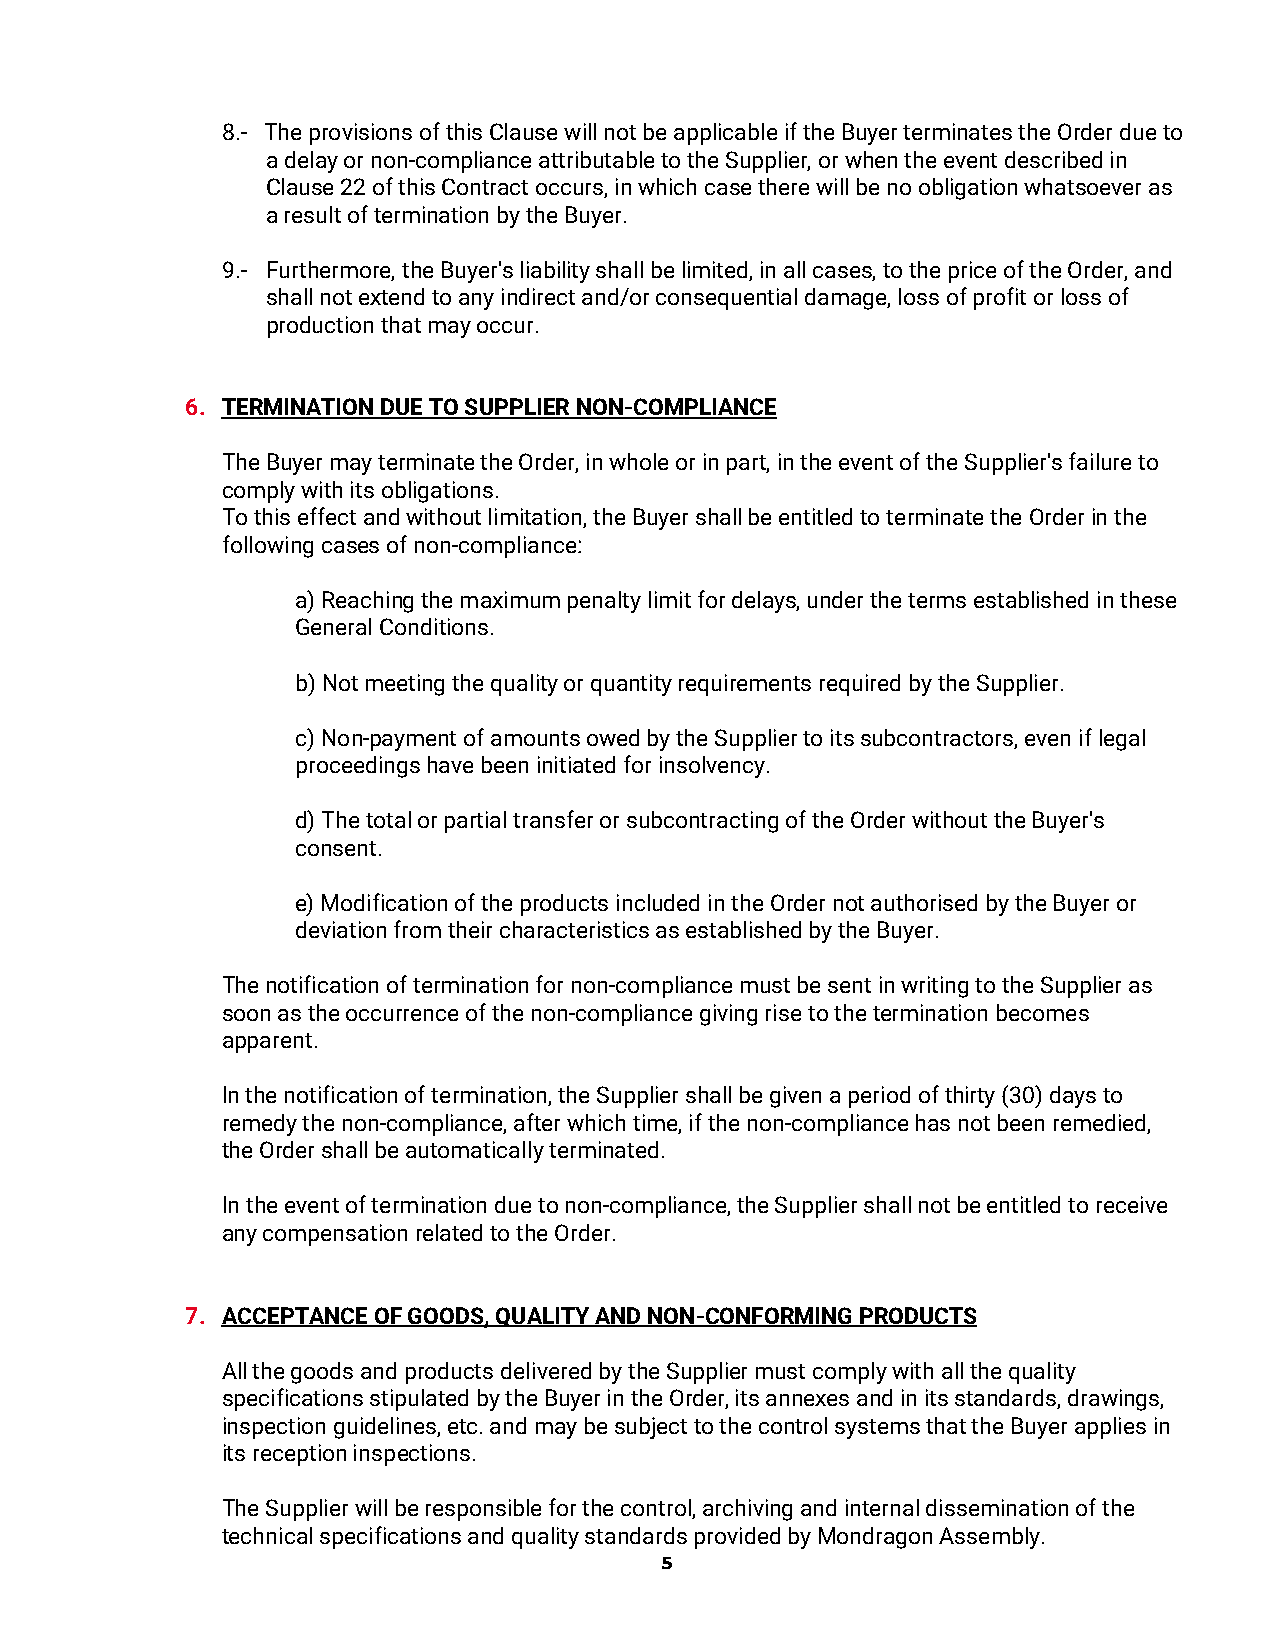
8.- The provisions of this Clause will not be applicable if the Buyer terminates the Order due to
 a delay or non-compliance attributable to the Supplier, or when the event described in
 Clause 22 of this Contract occurs, in which case there will be no obligation whatsoever as
 a result of termination by the Buyer.
 9.- Furthermore, the Buyer's liability shall be limited, in all cases, to the price of the Order, and
 shall not extend to any indirect and/or consequential damage, loss of profit or loss of
 production that may occur.
 6. TERMINATION DUE TO SUPPLIER NON-COMPLIANCE
 The Buyer may terminate the Order, in whole or in part, in the event of the Supplier's failure to
 comply with its obligations.
 To this effect and without limitation, the Buyer shall be entitled to terminate the Order in the
 following cases of non-compliance:
 a) Reaching the maximum penalty limit for delays, under the terms established in these
 General Conditions.
 b) Not meeting the quality or quantity requirements required by the Supplier.
 c) Non-payment of amounts owed by the Supplier to its subcontractors, even if legal
 proceedings have been initiated for insolvency.
 d) The total or partial transfer or subcontracting of the Order without the Buyer's
 consent.
 e) Modification of the products included in the Order not authorised by the Buyer or
 deviation from their characteristics as established by the Buyer.
 The notification of termination for non-compliance must be sent in writing to the Supplier as
 soon as the occurrence of the non-compliance giving rise to the termination becomes
 apparent.
 In the notification of termination, the Supplier shall be given a period of thirty (30) days to
 remedy the non-compliance, after which time, if the non-compliance has not been remedied,
 the Order shall be automatically terminated.
 In the event of termination due to non-compliance, the Supplier shall not be entitled to receive
 any compensation related to the Order.
 7. ACCEPTANCE OF GOODS, QUALITY AND NON-CONFORMING PRODUCTS
 All the goods and products delivered by the Supplier must comply with all the quality
 specifications stipulated by the Buyer in the Order, its annexes and in its standards, drawings,
 inspection guidelines, etc. and may be subject to the control systems that the Buyer applies in
 its reception inspections.
 The Supplier will be responsible for the control, archiving and internal dissemination of the
 technical specifications and quality standards provided by Mondragon Assembly.
 5